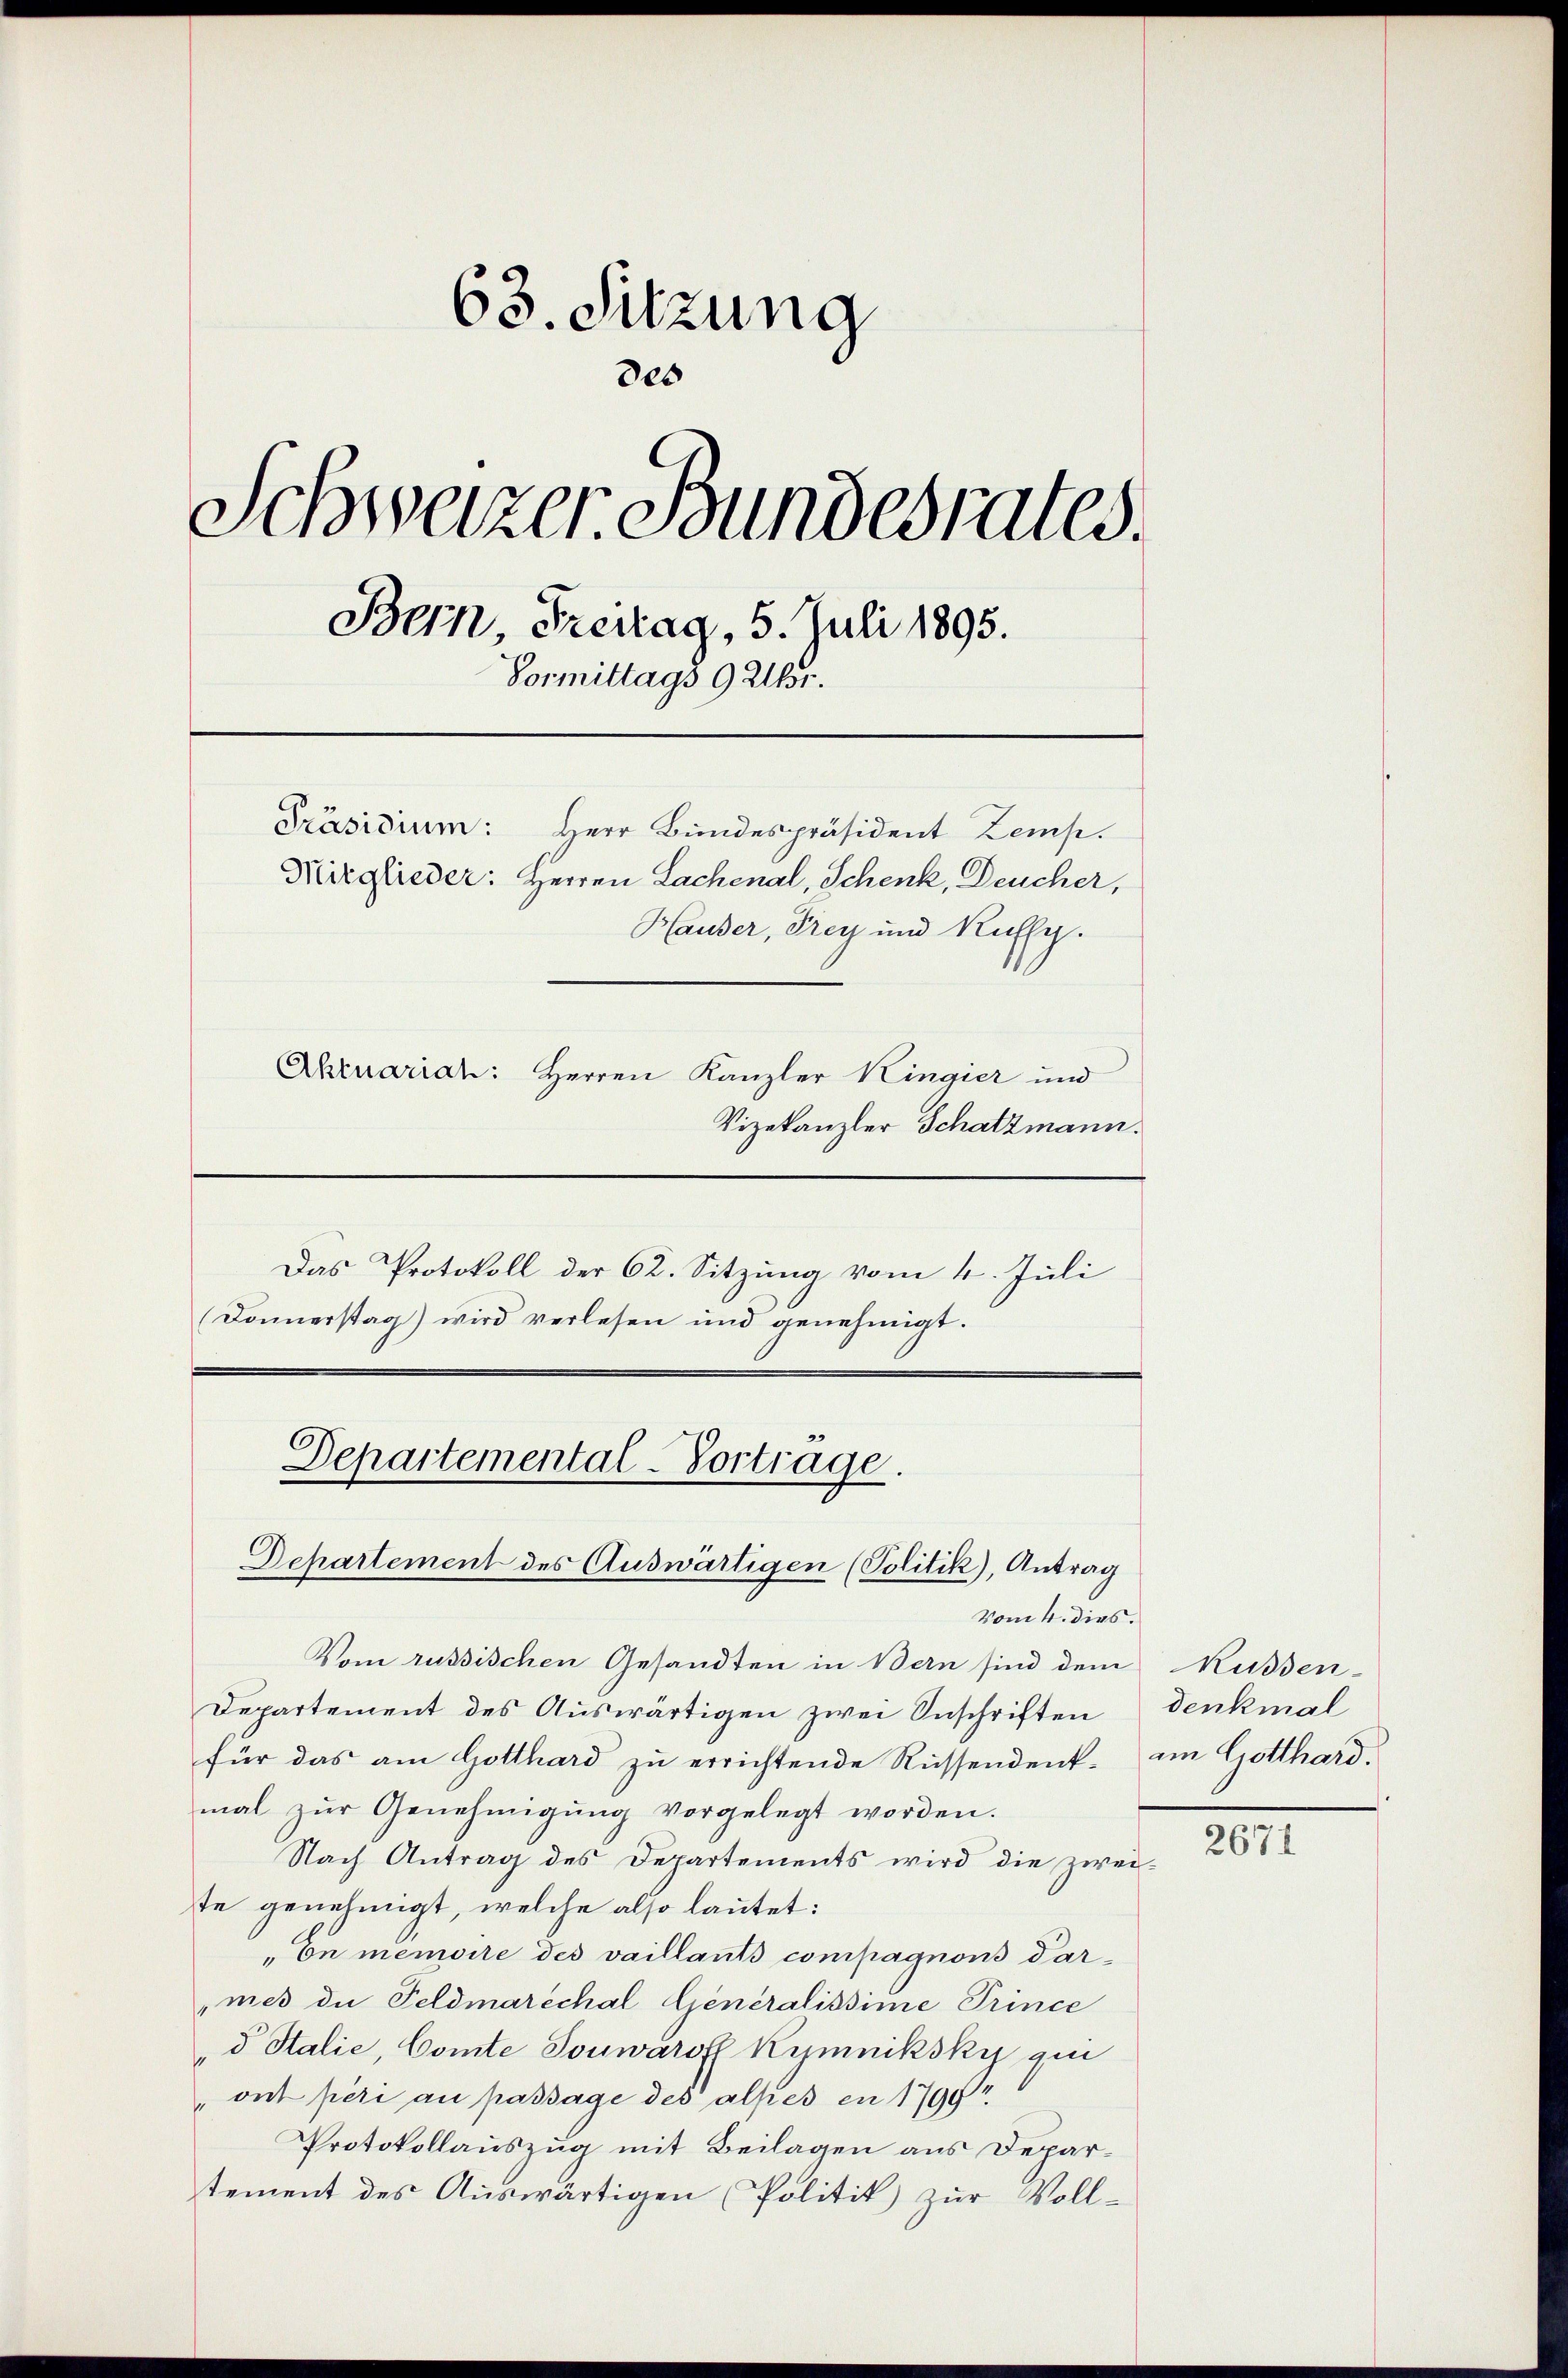
63. Sitzung
des
Schweizer Bundesrates.
Bern, Freitag, 5. Juli 1895.
Vormittags 9 Uhr.
Präsidium: Herr Bundespräsident Zemp.
Mitglieder: Herren Lachenal, Schenk, Deucher,
Hauder, Frey und Ruffg.
Ahruariat: Herren Kanzler Kingier und
Vizekanzler Schatzmann.

Das Protokoll der 62. Sitzung vom 4. Juli
(Donnerstag) wird verlesen und genehmigt.

Vom 4. dies.
Vom russischen Gesandten in Bern sind dem
Departement des Auswärtigen zwei Anschriften
für das am Gotthard zu errichtende Rüssendent-
mal zŭr Genehmigŭng vorgelegt worden.
Nach Antrag des Departements wird die zwei
te genehmigt, welche also lautet:
„on memoire des vaillants compagnons darmes die Feldmarechal Generalissime Prince
d Italie, Comte Touwarof Kymniksky qu
 ont péri au passage des alpies en 1790
Protokollauszug mit Beilagen aus Departement des Aŭswärtigen Politik zŭr Voll-

Departemental-Vortrage.
Departement des Auswärtigen (Politik), Antrag

Küssen.
denkmal
im Gotthard.

t

2671